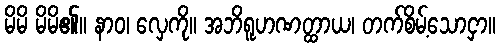
မိမိ မိမိ၏။ နာဝ၊ လှေကို။ အဘိရူဟဏတ္ထာယ၊ တက်စိမ့်သောငှာ။